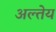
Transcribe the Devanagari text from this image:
अल्तेय